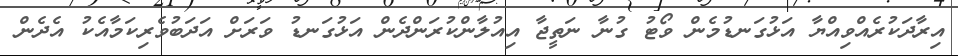
އިރާދަކުރެއްވިއްޔާ އަޅުގަނޑުމެން ވޯޓު ގުނާ ނަތީޖާ އިއުލާންކުރަންދެން އަޅުގަނޑު ވަރަށް އަދަބުވެރިކަމާއެކު އެދެން